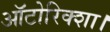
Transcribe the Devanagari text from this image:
ऑटोरिक्शा।